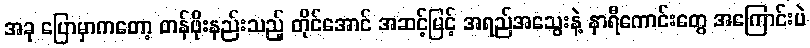
အခု ပြောမှာကတော့ တန်ဖိုးနည်းသည့် တိုင်အောင် အဆင့်မြင့် အရည်အသွေးနဲ့ နာရီကောင်းတွေ အကြောင်းပဲ